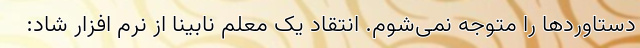
دستاوردها را متوجه نمی‌شوم. انتقاد یک معلم نابینا از نرم افزار شاد: